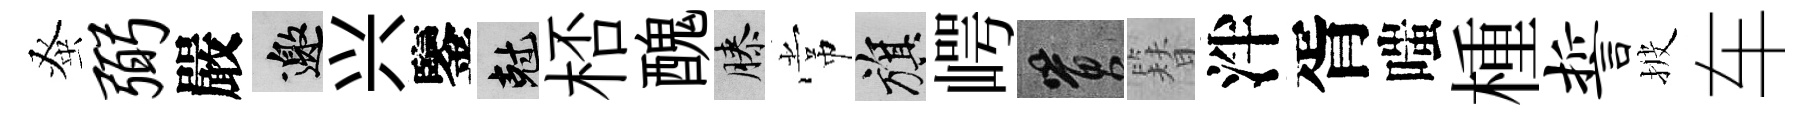
𫊫弼嚴邀兴鑒剋桮醜膝常旗崿篔簪泮胥嗤㮔誓披车